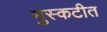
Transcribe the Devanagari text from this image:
मुस्कटीत